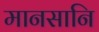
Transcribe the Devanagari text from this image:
मानसानि